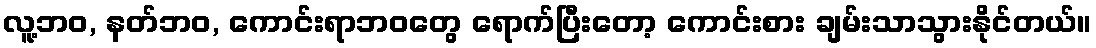
လူ့ဘဝ, နတ်ဘဝ, ကောင်းရာဘဝတွေ ရောက်ပြီးတော့ ကောင်းစား ချမ်းသာသွားနိုင်တယ်။